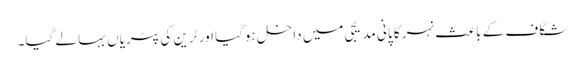
شگاف کے باعث نہر کا پانی مدیجی میں داخل ہوگیا اور ٹرین کی پٹریاں بہا لے گیا۔